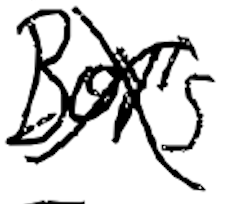
Text: Boy's
Cross-out: cross
Writing tool: digital_black